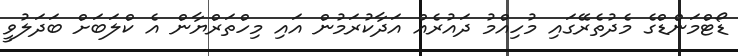
ޑޯޓްމަންޑްގެ މެދުތެރޭގައި މުހިއްމު ދައުރެއް އަދާކުރަމުން އައި މިހްތަރްޔާން އެ ކްލަބަށް ބަދަލުވީ